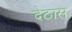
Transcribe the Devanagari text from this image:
देठास